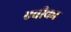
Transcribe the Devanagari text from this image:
एवीका